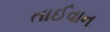
તાઈવાન